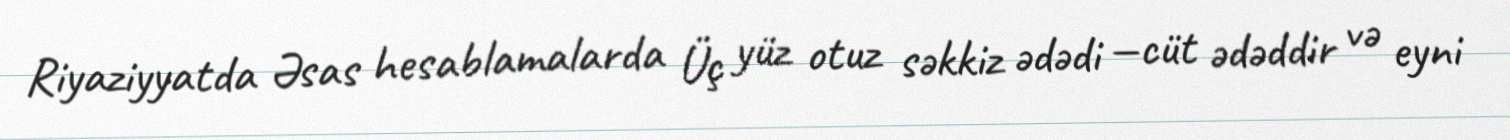
Riyaziyyatda Əsas hesablamalarda Üç yüz otuz səkkiz ədədi —cüt ədəddir və eyni